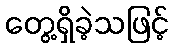
တွေ့ရှိခဲ့သဖြင့်